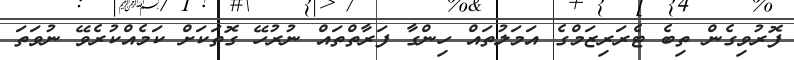
ފޮރުވިގެން ތިބެ ޓެރަރިޒަމްގެ އަމަލުތައް ހިންގާ ފަރާތްތައް ނުރުހޭ ގޮތަކަށް ކަމެއްކުރެވޭ ނުވަތަ